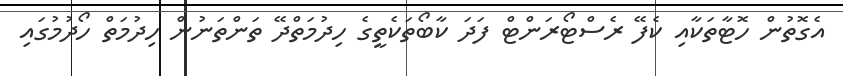
އެގޮތުން ހޮޓާތަކާއި ކެފޭ ރެސްޓޯރަންޓް ފަދަ ކާބޯތަކެތީގެ ހިދުމަތްދޭ ތަންތަނުން ހިދުމަތް ހޯދުމުގައި